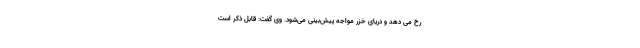
رخ می دهد و دریای خزر مواجه پیش‌بینی می‌شود. وی گفت: قابل ذکر است